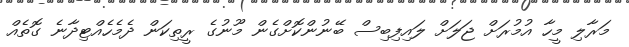
މަރާލި މީހާ އުމުރަށް ޖަލަށް ލައިފިބިސް ބޭނުންކޮށްގެން މޫނުގެ ރީތިކަން ދެމެހެއްޓިދާނެ ގޮތެއް